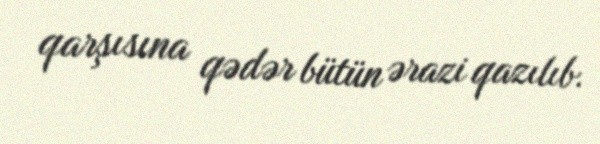
qarşısına qədər bütün ərazi qazılıb.